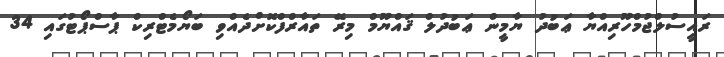
ރައީސުލްޖުމްހޫރިއްޔާ ޢަބުދު ޔާމީން ޢަބުދުލް ޤައްޔޫމް މިރޭ ތައާރްފްކޮށްދެއްވި ބަޔޯމެޓްރިކް ޕާސްޕޯޓުގައި 34